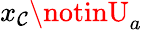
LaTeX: x_{\mathcal{C}}\notinU_{a}